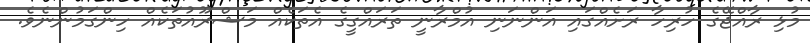
މުޅި ރާއްޖޭގެ ހުރިހާ ރަށެއްގައި އަންނަނި އުމްރާނީ ތަރައްގީގެ އެތަކެއް މަޝްރޫއުތަކެއް ހިންގަމުންނެވެ.